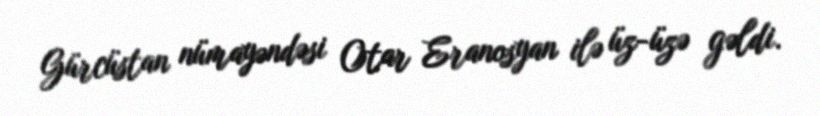
Gürcüstan nümayəndəsi Otar Eranosyan ilə üz-üzə gəldi.